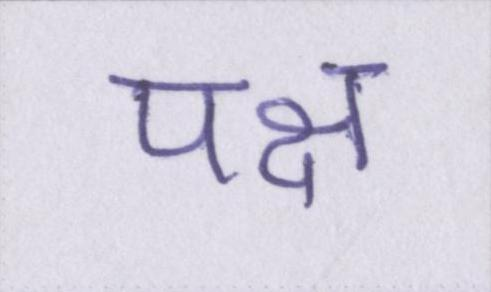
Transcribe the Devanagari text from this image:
पक्ष